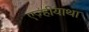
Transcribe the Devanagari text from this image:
एज़्हीयाथा